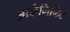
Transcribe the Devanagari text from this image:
आर्कमिनिट